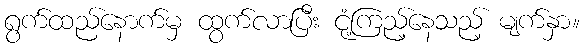
ရွက်ထည်နောက်မှ ထွက်လာပြီး ငုံ့ကြည့်နေသည့် မျက်နှာ။